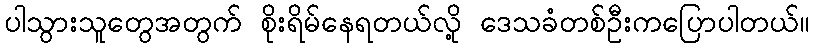
ပါသွားသူတွေအတွက် စိုးရိမ်နေရတယ်လို့ ဒေသခံတစ်ဦးကပြောပါတယ်။